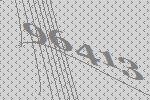
96413